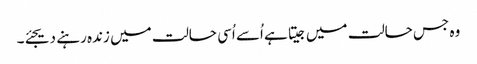
وہ جس حالت میں جیتا ہے اُسے اُسی حالت میں زندہ رہنے دیجئے۔